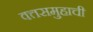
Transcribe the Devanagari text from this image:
वत्तसमुहाची